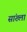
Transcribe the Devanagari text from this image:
सांख्ला